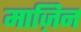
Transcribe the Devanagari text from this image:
माज़िन